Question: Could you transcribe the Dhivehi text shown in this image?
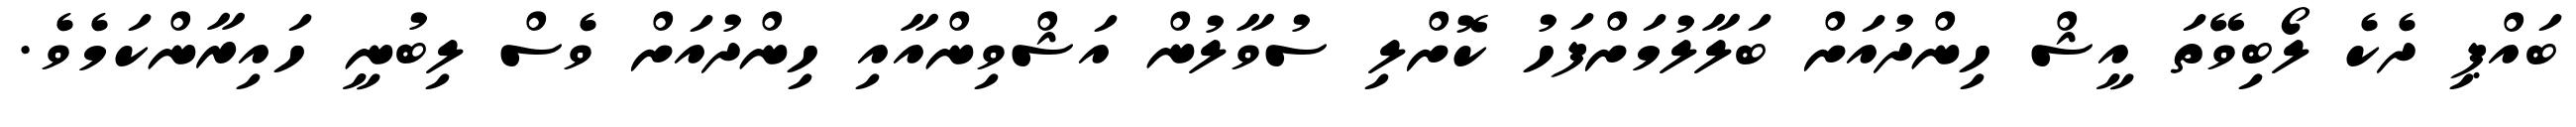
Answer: ބައްޕި ދެކެ ލޯބިވޭތަ އީޝް ހިންދުއަށް ބަލާލުމަށްފަހު ކޮށްލި ސުވާލުން އަޝްވިންއާއި ހިންދުއަށް ވެސް ލިބުނީ ހައިރާންކަމެވެ.